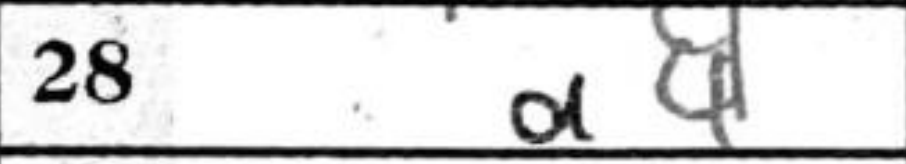
Transcription: a4